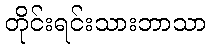
တိုင်းရင်းသားဘာသာ